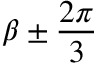
\beta \pm \frac { 2 \pi } { 3 }